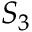
S _ { 3 }